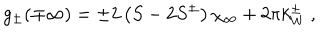
g _ { \pm } ( \mp \infty ) = \pm 2 \left( S - 2 S ^ { \pm } \right) \chi _ { \infty } + 2 \pi k _ { W } ^ { \pm } \: ,